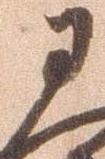
于